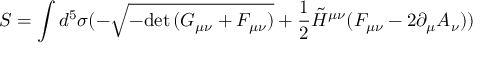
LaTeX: S = \int d ^ { 5 } \sigma ( - \sqrt { - \mathrm { d e t } \, ( G _ { \mu \nu } + \cal F _ { \mu \nu } ) } + \frac { 1 } { 2 } \tilde { H } ^ { \mu \nu } ( F _ { \mu \nu } - 2 \partial _ { \mu } A _ { \nu } ) )